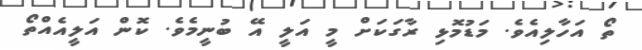
ތޯ އަހާލިއެވެ. މަޑުމޮޅި ރާގަކަށް މީ އަލީ އޭ ބުނީމެވެ. ކޮން އަލީއެއްތޯ